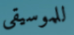
للموسيقى